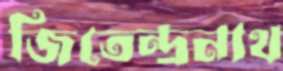
জিতেন্দ্রনাথ